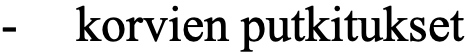
-  korvien putkitukset